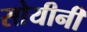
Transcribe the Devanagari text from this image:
सोयीनी